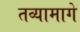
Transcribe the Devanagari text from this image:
तव्यामागे